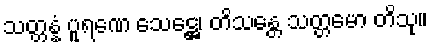
သတ္တန္နံ ပူရဏေ သေဋ္ဌေ၊ တိသန္တေ သတ္တမော တိသု။